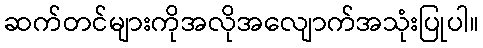
ဆက်တင်များကိုအလိုအလျောက်အသုံးပြုပါ။